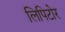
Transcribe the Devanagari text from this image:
लिपिटोर